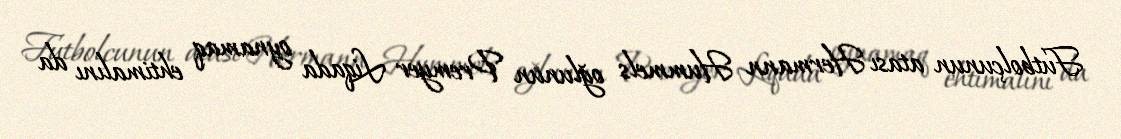
Futbolçunun atası Hermann Hummels oğlunun Premyer Liqada oynamaq ehtimalını da